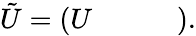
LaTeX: \tilde{U}=\left(\begin{array}{llll}{U}&{}&{}&{}\end{array}\right).